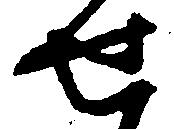
せ